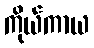
ကိုယ်ကာယ